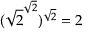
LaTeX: ( { \sqrt { 2 } } ^ { \sqrt { 2 } } ) ^ { \sqrt { 2 } } = 2